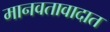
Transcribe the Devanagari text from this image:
मानवतावादात